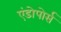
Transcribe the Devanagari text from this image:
एंडोपोर्स